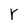
Character: r